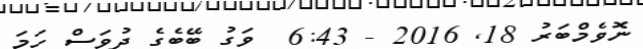
ނޮވެމްބަރު 18